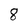
Character: 8